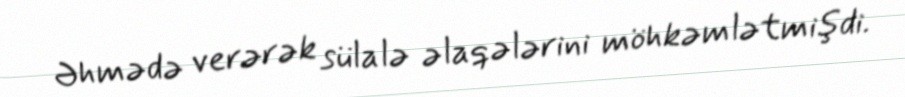
Əhmədə verərək sülalə əlaqələrini möhkəmlətmişdi.